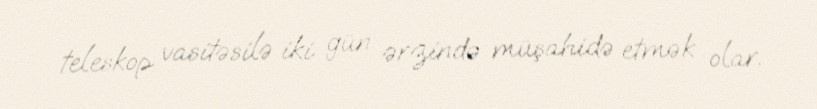
teleskop vasitəsilə iki gün ərzində müşahidə etmək olar.